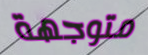
متوجهة